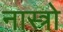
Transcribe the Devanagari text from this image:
नास्त्रो